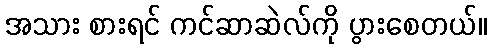
အသား စားရင် ကင်ဆာဆဲလ်ကို ပွားစေတယ်။